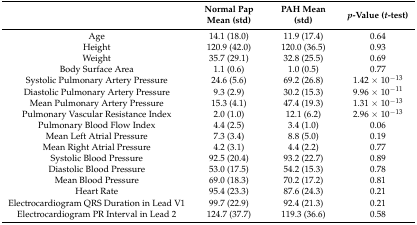
<table><thead><tr><td></td><td><b>Normal Pap Mean (std)</b></td><td><b>PAH Mean (std)</b></td><td><b><i>p</i>-Value (<i>t</i>-test)</b></td></tr></thead><tbody><tr><td>Age</td><td>14.1 (18.0)</td><td>11.9 (17.4)</td><td>0.64</td></tr><tr><td>Height</td><td>120.9 (42.0)</td><td>120.0 (36.5)</td><td>0.93</td></tr><tr><td>Weight</td><td>35.7 (29.1)</td><td>32.8 (25.5)</td><td>0.69</td></tr><tr><td>Body Surface Area</td><td>1.1 (0.6)</td><td>1.0 (0.5)</td><td>0.77</td></tr><tr><td>Systolic Pulmonary Artery Pressure</td><td>24.6 (5.6)</td><td>69.2 (26.8)</td><td>1.42 × 10<sup>−13</sup></td></tr><tr><td>Diastolic Pulmonary Artery Pressure</td><td>9.3 (2.9)</td><td>30.2 (15.3)</td><td>9.96 × 10<sup>−11</sup></td></tr><tr><td>Mean Pulmonary Artery Pressure</td><td>15.3 (4.1)</td><td>47.4 (19.3)</td><td>1.31 × 10<sup>−13</sup></td></tr><tr><td>Pulmonary Vascular Resistance Index</td><td>2.0 (1.0)</td><td>12.1 (6.2)</td><td>2.96 × 10<sup>−13</sup></td></tr><tr><td>Pulmonary Blood Flow Index</td><td>4.4 (2.5)</td><td>3.4 (1.0)</td><td>0.06</td></tr><tr><td>Mean Left Atrial Pressure</td><td>7.3 (3.4)</td><td>8.8 (5.0)</td><td>0.19</td></tr><tr><td>Mean Right Atrial Pressure</td><td>4.2 (3.1)</td><td>4.4 (2.2)</td><td>0.77</td></tr><tr><td>Systolic Blood Pressure</td><td>92.5 (20.4)</td><td>93.2 (22.7)</td><td>0.89</td></tr><tr><td>Diastolic Blood Pressure</td><td>53.0 (17.5)</td><td>54.2 (15.3)</td><td>0.78</td></tr><tr><td>Mean Blood Pressure</td><td>69.0 (18.3)</td><td>70.2 (17.2)</td><td>0.81</td></tr><tr><td>Heart Rate</td><td>95.4 (23.3)</td><td>87.6 (24.3)</td><td>0.21</td></tr><tr><td>Electrocardiogram QRS Duration in Lead V1</td><td>99.7 (22.9)</td><td>92.4 (21.3)</td><td>0.21</td></tr><tr><td>Electrocardiogram PR Interval in Lead 2</td><td>124.7 (37.7)</td><td>119.3 (36.6)</td><td>0.58</td></tr></tbody></table>